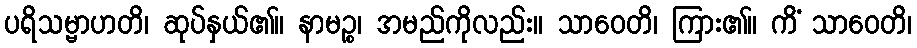
ပရိသမ္ဗာဟတိ၊ ဆုပ်နှယ်၏။ နာမဉ္စ၊ အမည်ကိုလည်း။ သာဝေတိ၊ ကြား၏။ ကိံ သာဝေတိ၊